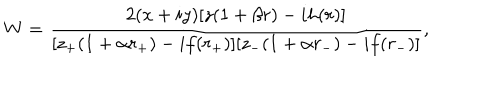
W = \frac { 2 ( x + i y ) [ z ( 1 + \beta r ) - i h ( r ) ] } { [ z _ { + } ( 1 + \alpha r _ { + } ) - i f ( r _ { + } ) ] [ z _ { - } ( 1 + \alpha r _ { - } ) - i f ( r _ { - } ) ] } ,